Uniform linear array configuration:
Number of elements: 48
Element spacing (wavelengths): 0.75
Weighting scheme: hamming
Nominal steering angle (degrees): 15
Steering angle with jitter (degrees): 14.514
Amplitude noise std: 0.05
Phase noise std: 0.05

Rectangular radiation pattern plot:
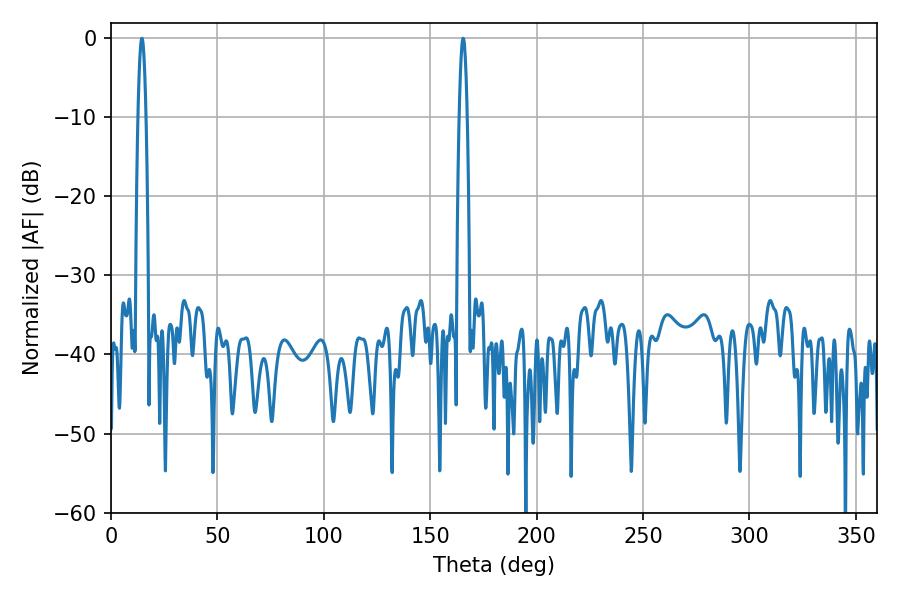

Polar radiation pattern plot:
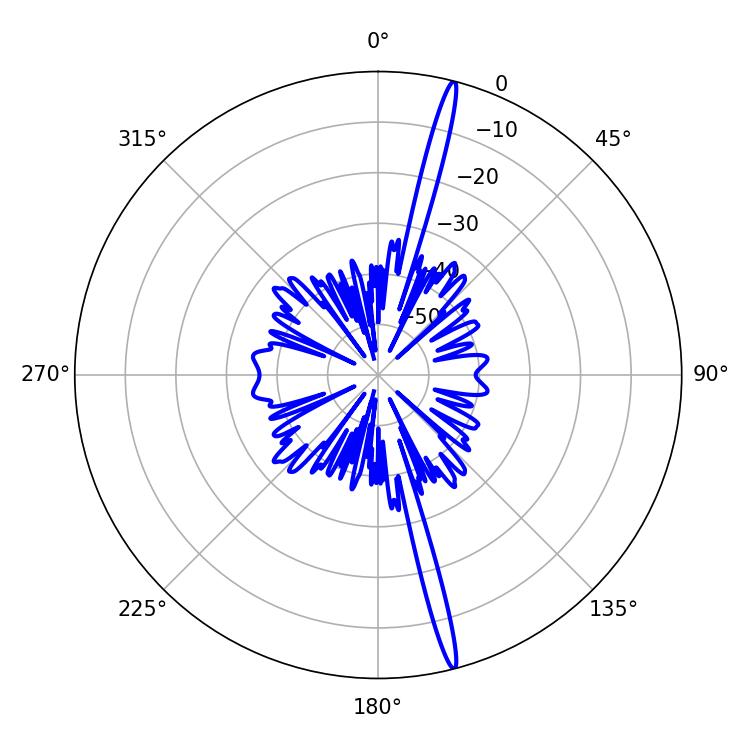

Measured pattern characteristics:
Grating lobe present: TRUE
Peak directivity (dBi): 20.041
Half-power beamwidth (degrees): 1.98
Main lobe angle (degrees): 165.42